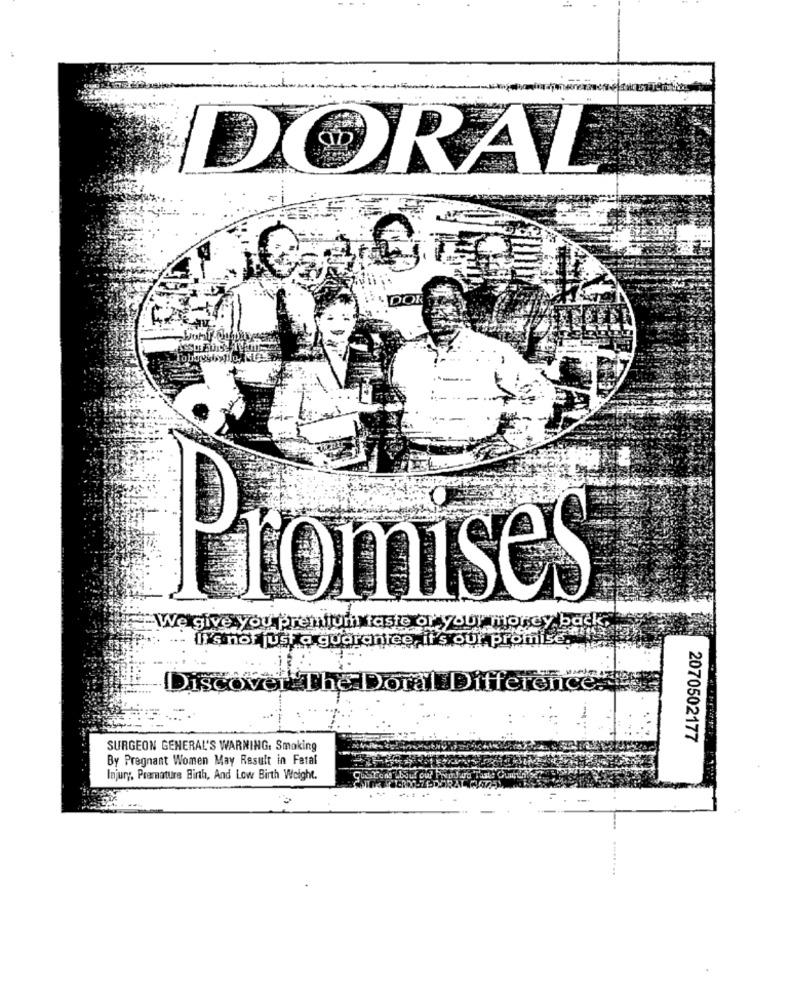
DORAL
DOR
Promises
We give you premium taste or your morcy back,
It's not just a guarantee, it's our promise
Discover The Doral Diff
2070502177
SURGEON GENERAL'S WARNING, Smoking
By Pregnant Women May Result in Fatal
Injury, Premature Birth, And Low Birth Weight.